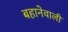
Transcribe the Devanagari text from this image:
बहानेवाली